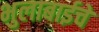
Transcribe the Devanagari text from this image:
भुलाबाईचे